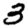
Digit: 3